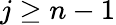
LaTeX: j\ge n-1